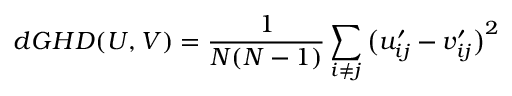
d G H D ( U , V ) = \frac { 1 } { N ( N - 1 ) } \sum _ { i \neq j } \big ( u _ { i j } ^ { \prime } - v _ { i j } ^ { \prime } \big ) ^ { 2 }